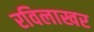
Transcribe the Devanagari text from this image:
रविलाखर